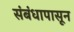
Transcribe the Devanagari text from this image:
संबंधापासून